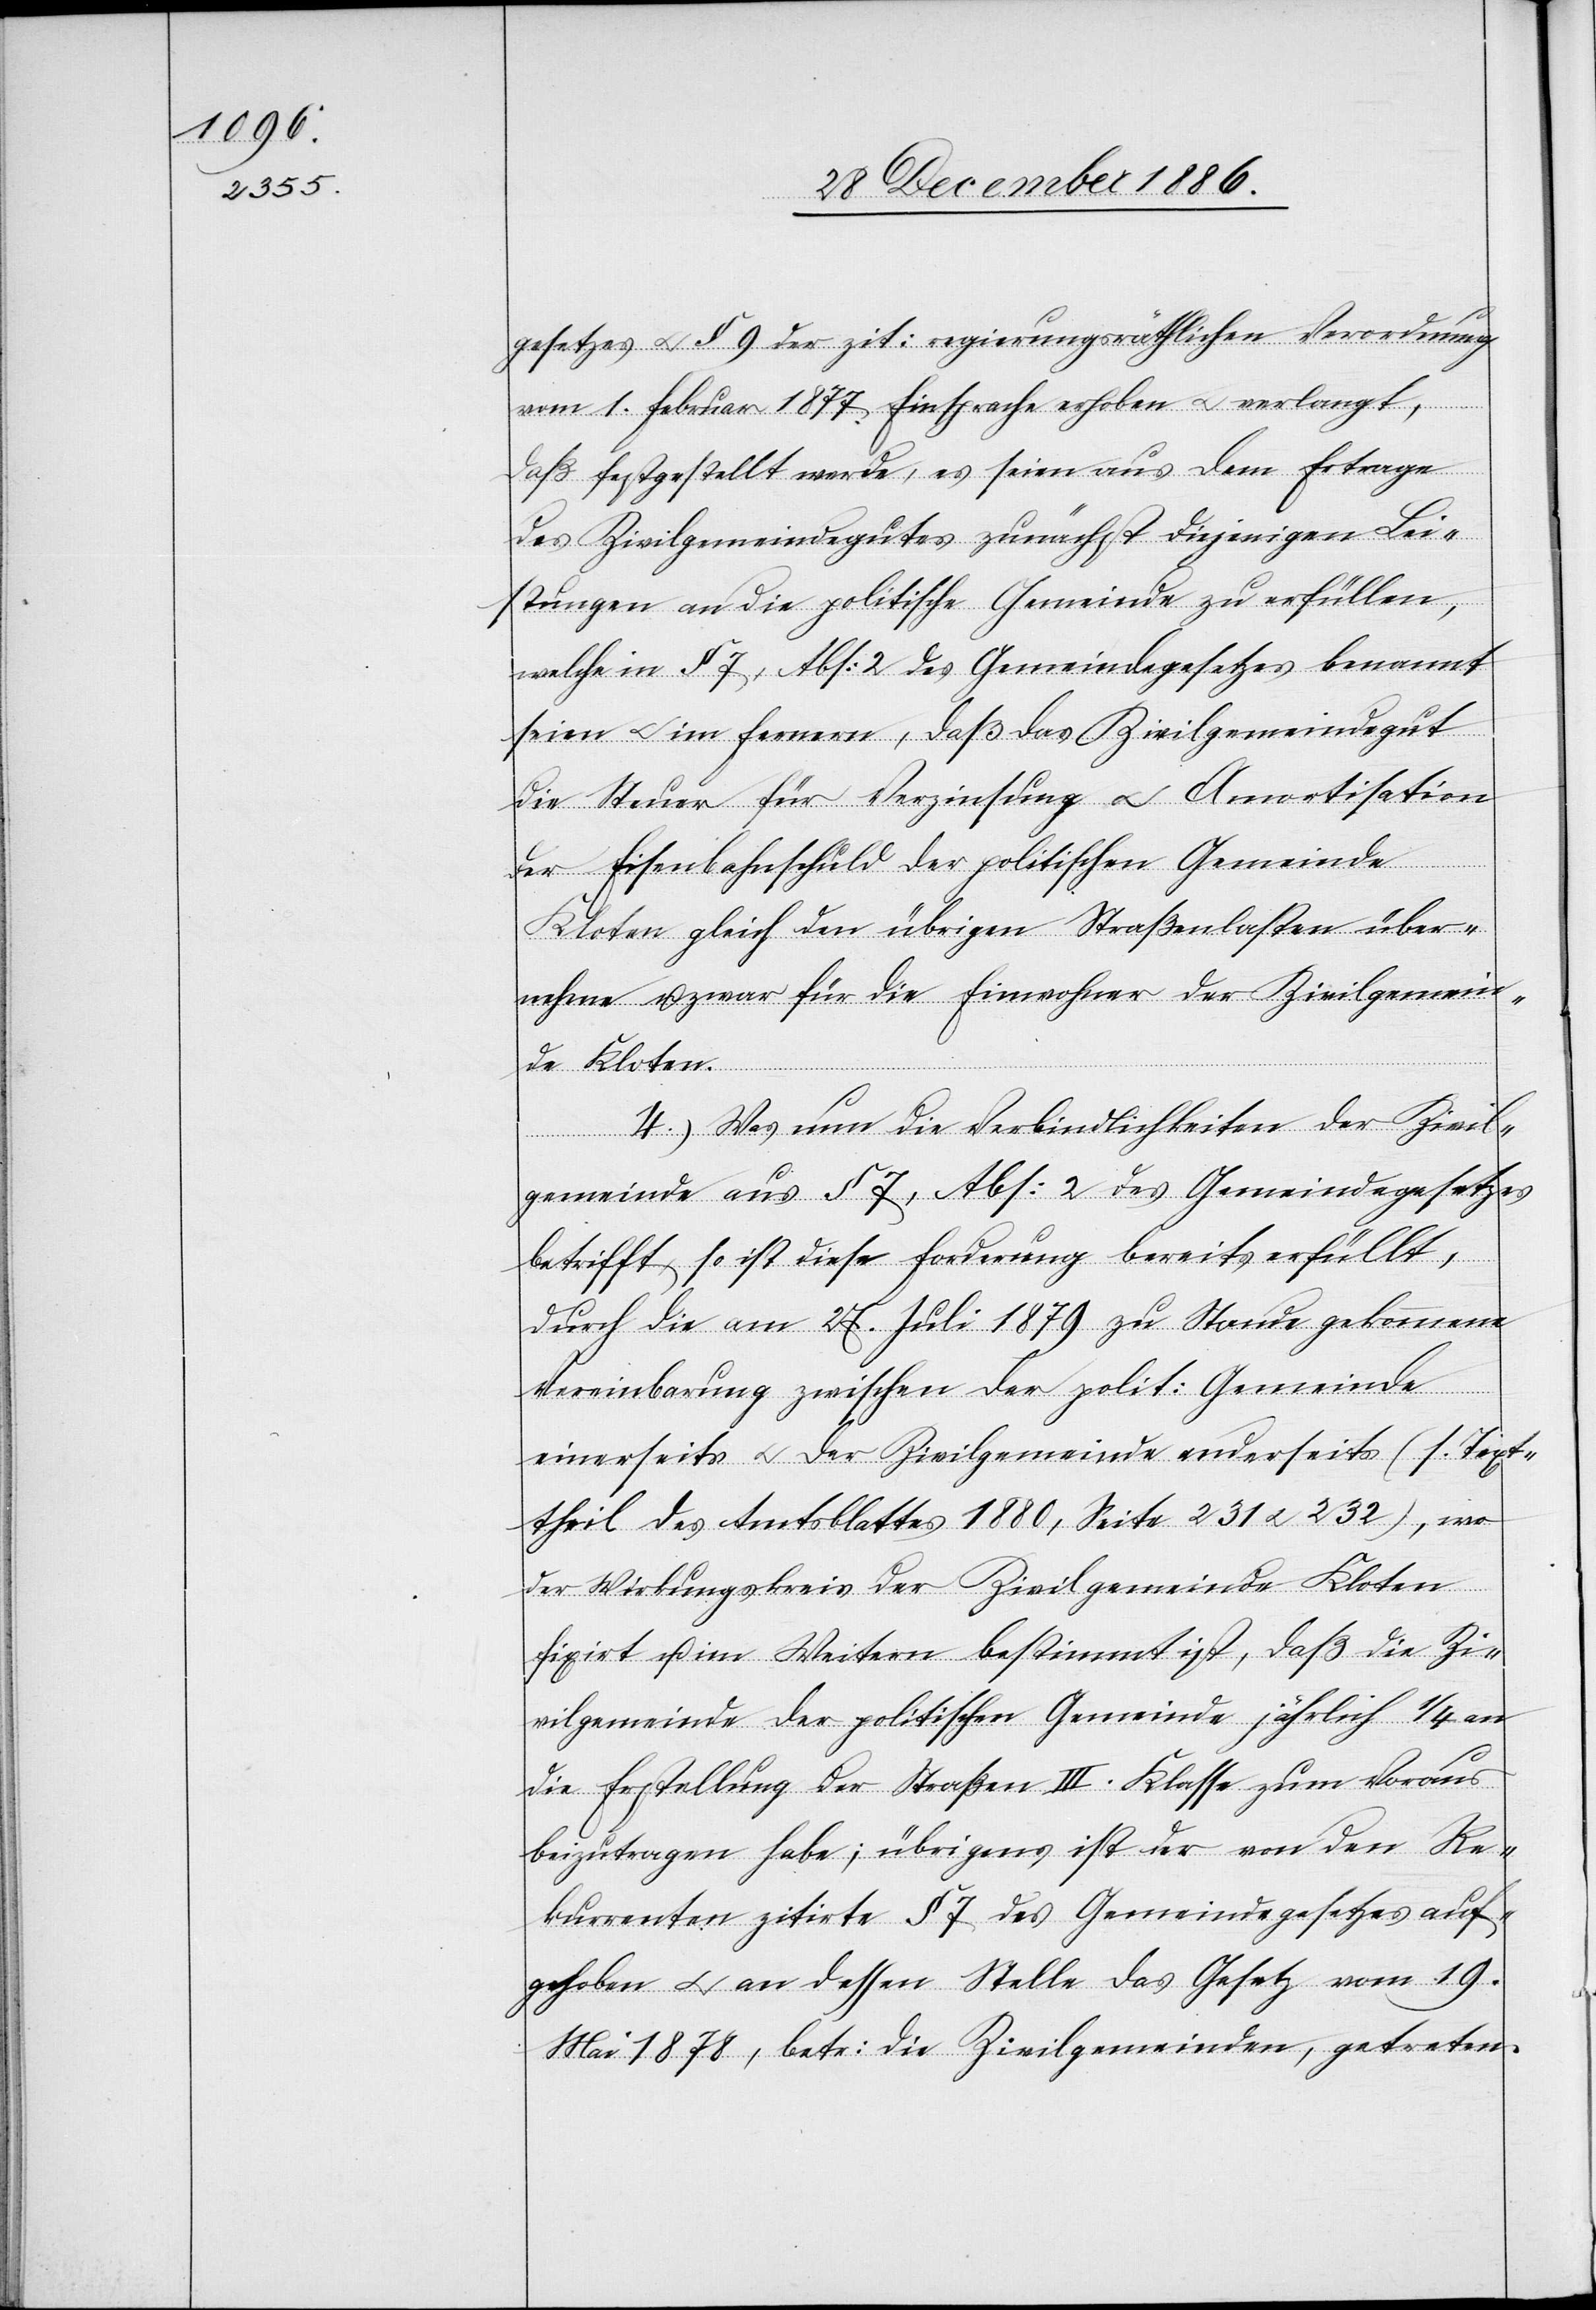
gesetzes & § 9 der zit: regierungsräthlichen Verordnung
vom 1. Februar 1877 Einsprache erhoben & verlangt,
daß festgestellt werde, es seien aus dem Ertrage
des Zivilgemeindegutes zunächst diejenigen Lei¬
stungen an die politische Gemeinde zu erfüllen,
welche in § 7, Abs: 2 des Gemeindegesetzes benannt
seien & im Fernern, daß das Zivilgemeindegut
die Steuer für Verzinsung & Amortisation
der Eisenbahnschuld der politischen Gemeinde
Kloten gleich den übrigen Straßenlasten über¬
nehme u. zwar für die Einwohner der Zivilgemein¬
de Kloten.
4.) Was nun die Verbindlichkeiten der Zivil¬
gemeinde aus § 7, Abs: 2 des Gemeindegesetzes
betrifft, so ist diese Forderung bereits erfüllt,
durch die am 27. Juli 1879 zu Stande gekommene
Vereinbarung zwischen der polit: Gemeinde
einerseits & der Zivilgemeinde anderseits (1. Text¬
theil des Amtsblattes 1880, Seite 231 & 232), wo
der Wirkungskreis der Zivilgemeinde Kloten
fixirt u. im Weitern bestimmt ist, daß die Zi¬
vilgemeinde der politischen Gemeinde jährlich 1/4 an
die Feststellung der Straßen III. Klasse zum Voraus
beizutragen habe; übrigens ist der von den Re¬
kurrenten zitirte § 7 des Gemeindegesetzes auf¬
gehoben & an dessen Stelle das Gesetz vom 19.
Mai 1878, betr: die Zivilgemeinden, getreten.